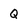
Character: Q